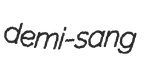
demi-sang